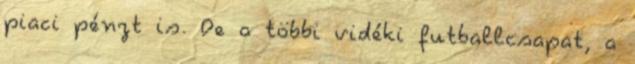
piaci pénzt is. De a többi vidéki futballcsapat, a